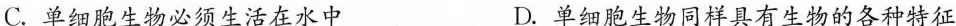
C.单细胞生物必须生活在水中 D.单细胞生物同样具有生物的各种特征